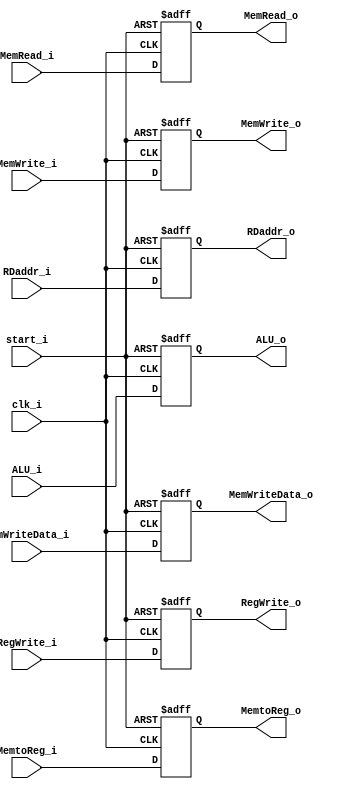
module EX_MEM(
	clk_i,
	start_i,

	RegWrite_i,
	RegWrite_o,
	MemtoReg_i,
	MemtoReg_o,
	MemRead_i,
	MemRead_o,
	MemWrite_i,
	MemWrite_o,

	ALU_i,
	ALU_o,

	MemWriteData_i,
	MemWriteData_o,

	RDaddr_i,
	RDaddr_o,
);

input clk_i, start_i;

input RegWrite_i, MemtoReg_i, MemRead_i, MemWrite_i;
output reg RegWrite_o, MemtoReg_o, MemRead_o, MemWrite_o;

input [31:0] ALU_i;
output reg [31:0] ALU_o;

input [31:0] MemWriteData_i;
output reg [31:0] MemWriteData_o;

input [4:0] RDaddr_i;
output reg [4:0] RDaddr_o;

always @(posedge clk_i or negedge start_i) begin
	if (!start_i) begin
		RegWrite_o <= 0;
		MemtoReg_o <= 0;
		MemRead_o <= 0;
		MemWrite_o <= 0;
		ALU_o <= 0;
		MemWriteData_o <= 0;
		RDaddr_o <= 0;
	end
	else begin
		RegWrite_o <= RegWrite_i;
		MemtoReg_o <= MemtoReg_i;
		MemRead_o <= MemRead_i;
		MemWrite_o <= MemWrite_i;
		ALU_o <= ALU_i;
		MemWriteData_o <= MemWriteData_i;
		RDaddr_o <= RDaddr_i;
	end
end

endmodule